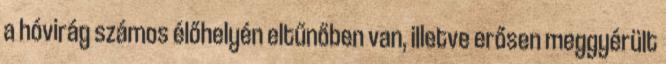
a hóvirág számos élőhelyén eltűnőben van, illetve erősen meggyérült